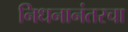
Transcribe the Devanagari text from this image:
निधनानंतरचा